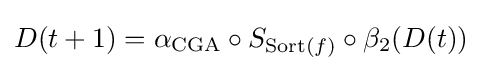
D(t+1)=\alpha _{\text{CGA}}\circ S_{{\text{Sort}}(f)}\circ \beta _{2}(D(t))